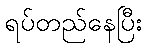
ရပ်တည်နေပြီး